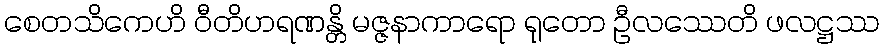
စေတသိကေဟိ ဝီတိဟရဏန္တိ မဇ္ဇနာကာရော ရုတော ဦလဿေတိ ဖလဋ္ဌဿ